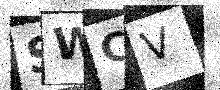
Text: SWCV